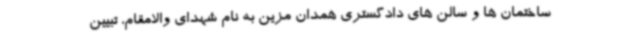
ساختمان ها و سالن های دادگستری همدان مزین به نام شهدای والامقام، تبیین